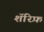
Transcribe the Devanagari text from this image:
शॅरिफ़